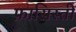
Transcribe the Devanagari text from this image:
फ़ासिस्ती